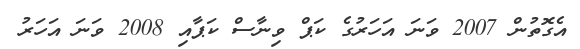
އެގޮތުން 2007 ވަނަ އަހަރުގެ ކަޕް ވިނާސް ކަޕާއި 2008 ވަނަ އަހަރު